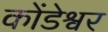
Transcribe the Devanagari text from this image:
कोंडेश्वर